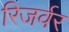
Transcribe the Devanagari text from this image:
रिजर्वर